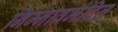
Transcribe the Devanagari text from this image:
निम्नावमंदित